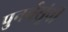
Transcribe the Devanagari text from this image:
पुनर्वसूंनी